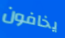
يخافون